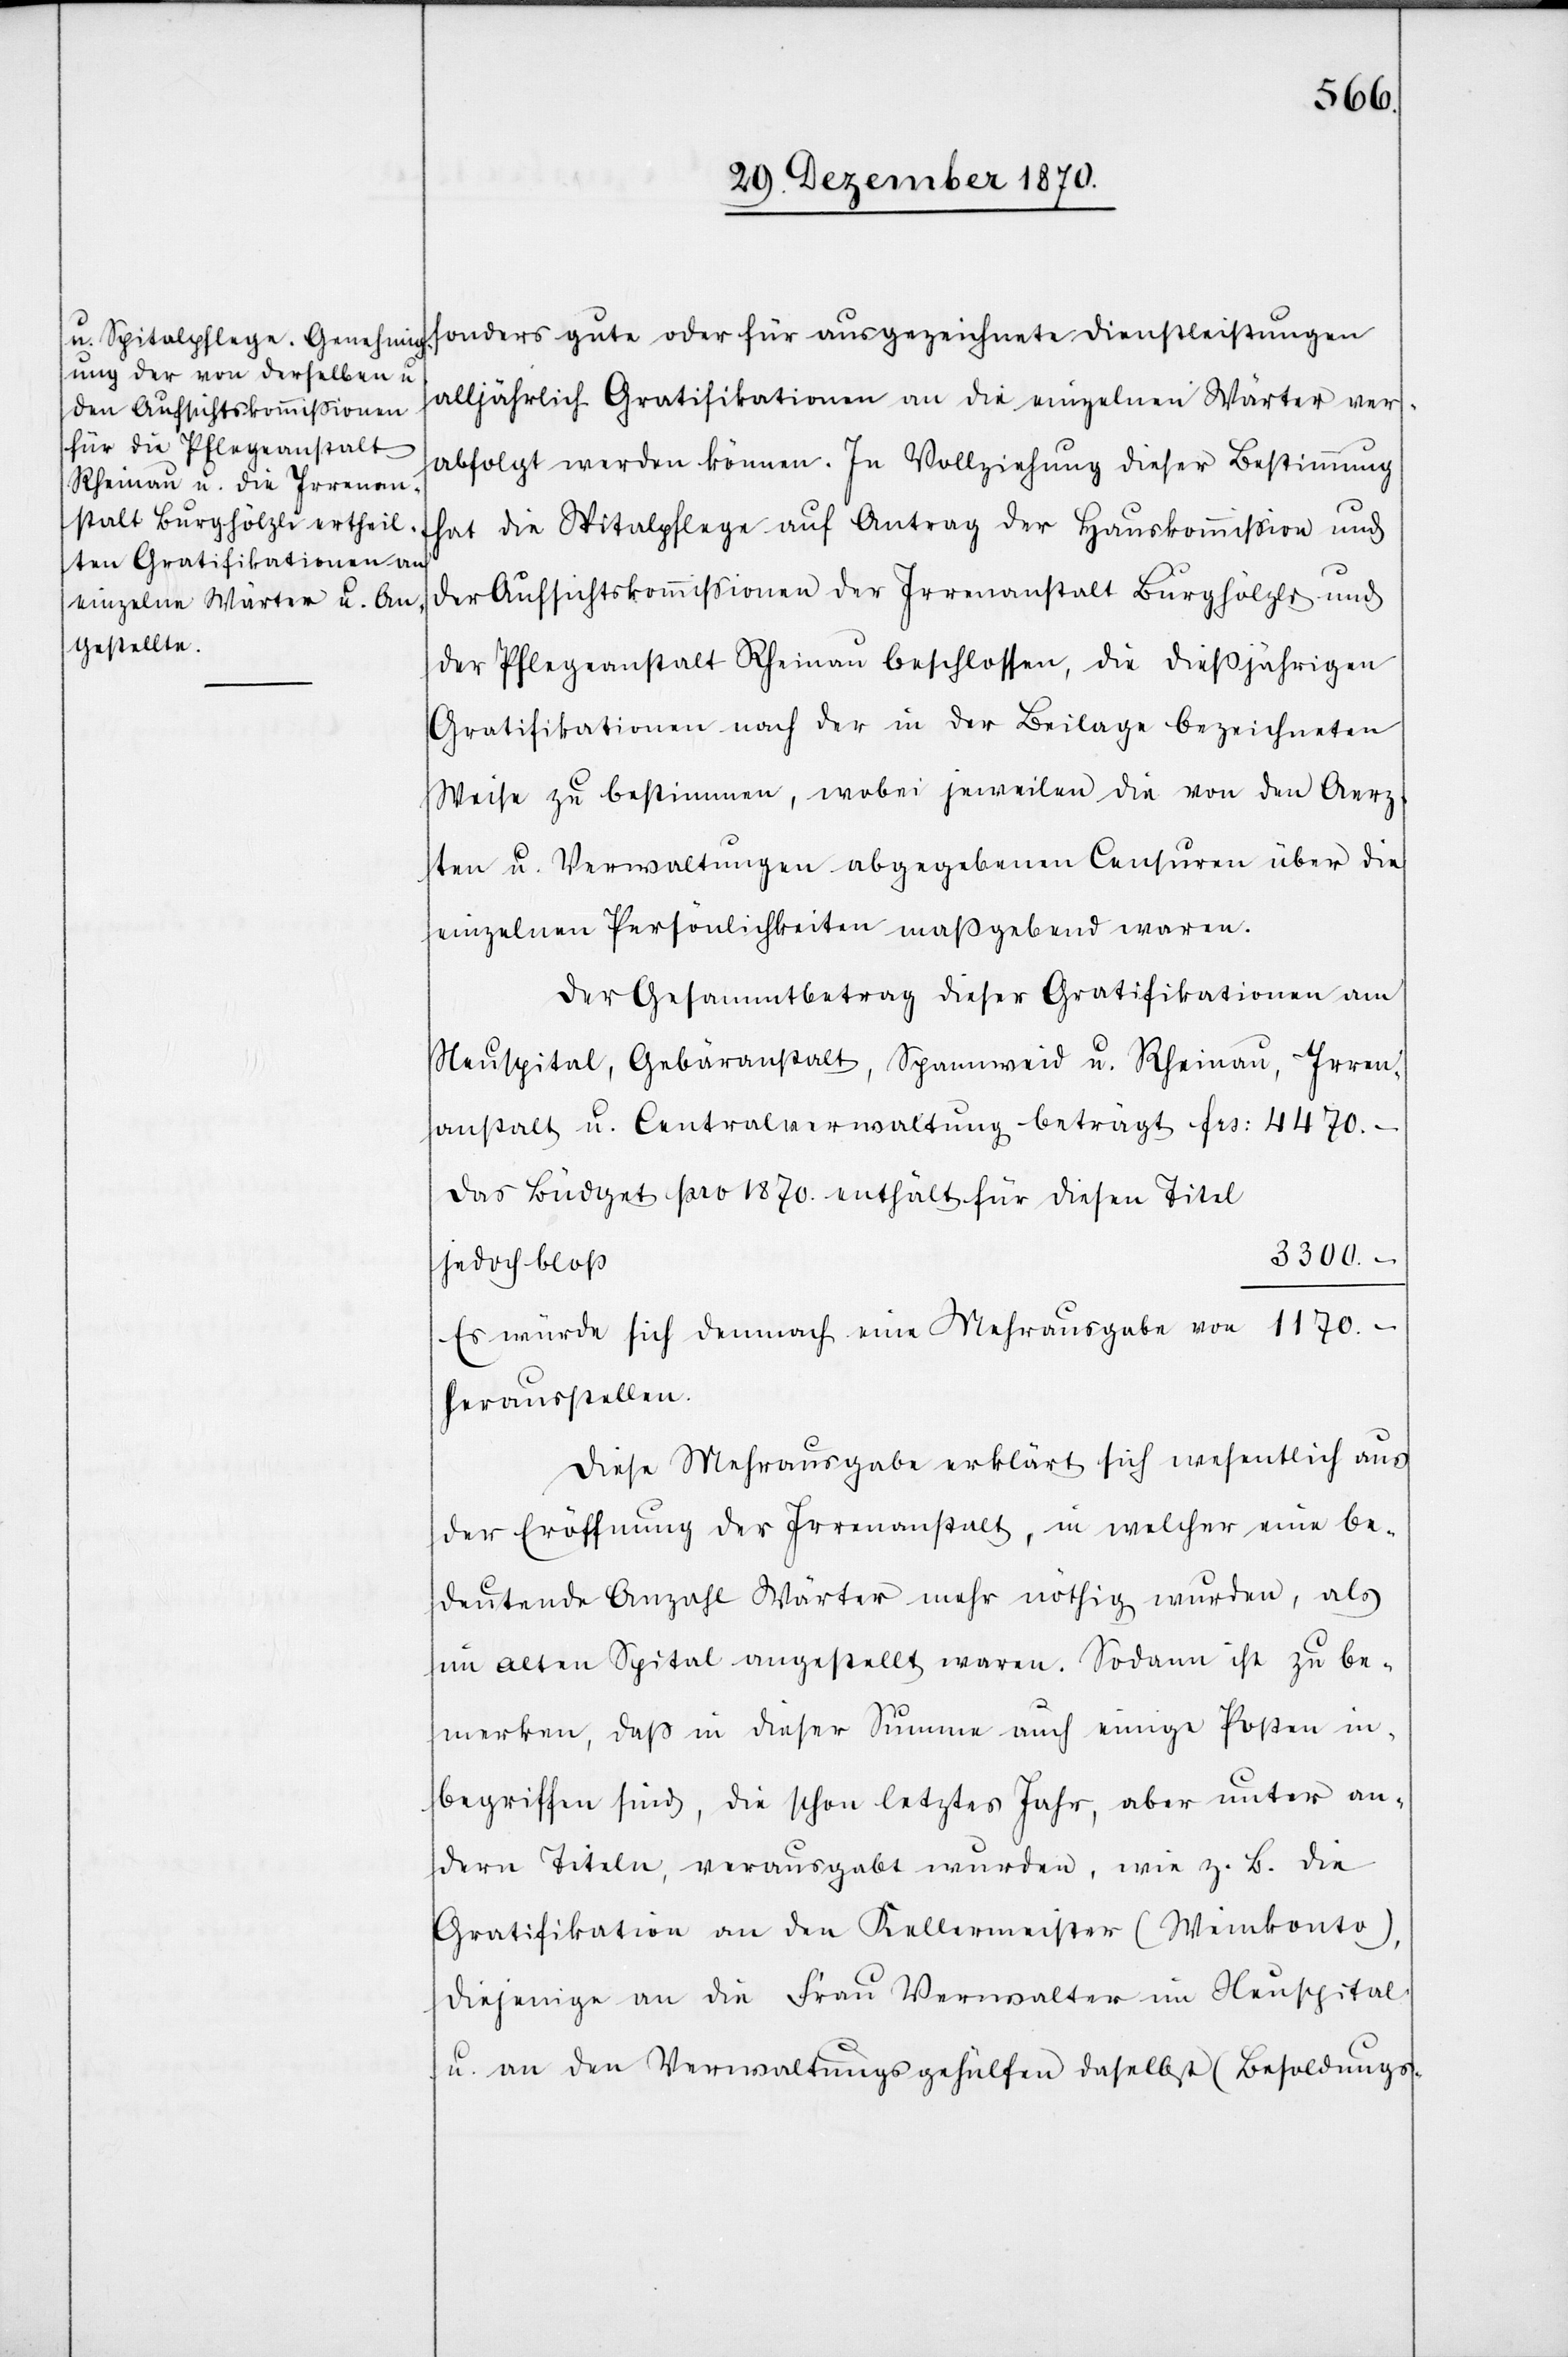
sonders gute oder für ausgezeichnete Dienstleistungen
alljährlich Gratifikationen an die einzelnen Wärter ver¬
abfolgt werden können. In Vollziehung dieser Bestimmung
hat die Spitalpflege auf Antrag der Hauskommißion und
der Aufsichtskommißionen der Irrenanstalt Burghölzli und
der Pflegeanstalt Rheinau beschlossen, die dießjährigen
Gratifikationen nach der in der Beilage bezeichneten
Weise zu bestimmen, wobei jeweilen die von den Aerz¬
ten u. Verwaltungen abgegebenen Censuren über die
einzelnen Persönlichkeiten maßgebend waren.
Der Gesammtbetrag dieser Gratifikationen am
Neuspital, Gebäranstalt, Spannweid u. Rheinau, Irren¬
anstalt u. Centralverwaltung beträgt Frs: 4470.–
das Büdget pro 1870. enthält für diesen Titel
3300.–
jedoch bloß
Es würde sich demnach eine Mehrausgabe von 1170.–
herausstellen.
Diese Mehrausgabe erklärt sich wesentlich aus
der Eröffnung der Irrenanstalt, in welcher eine be¬
deutende Anzahl Wärter mehr nöthig wurden, als
im alten Spital angestellt waren. Sodann ist zu be¬
merken, daß in dieser Summe auch einige Posten in¬
begriffen sind, die schon letztes Jahr, aber unter an¬
dern Titeln, verausgabt wurden, wie z. B. die
Gratifikation an den Kellermeister (Weinkonto),
diejenige an die Frau Verwalter im Neuspital
u. an den Verwaltungsgehülfen daselbst (Besoldungs-